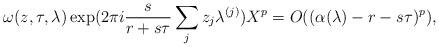
LaTeX: \begin{align*}\omega(z,\tau,\lambda)\exp(2\pi i\frac s{r+s\tau}\sum_jz_j\lambda^{(j)})X^p=O((\alpha(\lambda)-r-s\tau)^p),\end{align*}